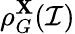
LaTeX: \rho_{G}^{\mathbf{X}}(\mathcal{I})